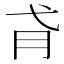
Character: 𢎀